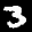
Label: 3